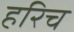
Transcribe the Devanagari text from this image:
हरिच